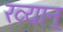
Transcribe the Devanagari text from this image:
ख्यान्